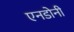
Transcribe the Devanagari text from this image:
एनडोनी